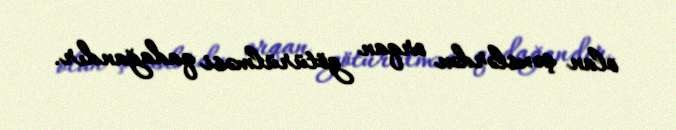
olan şəxslərdən orqan götürülməsi qadağandır.